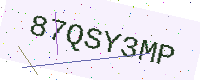
Text: 87QSY3MP